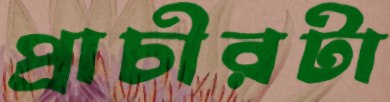
প্রাচীরটা